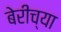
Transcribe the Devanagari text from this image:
बेरीच्या